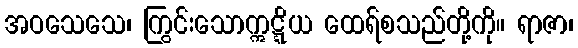
အဝသေသေ၊ ကြွင်းသောဣဋ္ဋိယ ထေရ်စသည်တို့ကို။ ရာဇာ၊